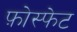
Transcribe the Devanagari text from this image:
फ़ोस्फेट